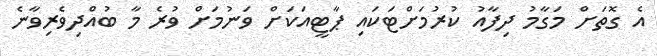
އެ ގޮތަށް މަގާމު ދިފާއު ކުރުމަށްޓަކައި ޕާޓީއަކަށް ވަނުމަށް ވުރެ މާ ބުއްދިވެރިވާނެ